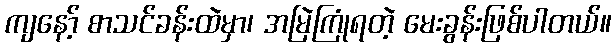
ကျနော့် စာသင်ခန်းထဲမှာ၊ အမြဲကြုံရတဲ့ မေးခွန်းဖြစ်ပါတယ်။